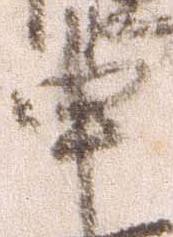
申